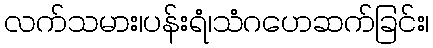
လက်သမား၊ပန်းရံ၊သံဂဟေဆက်ခြင်း၊